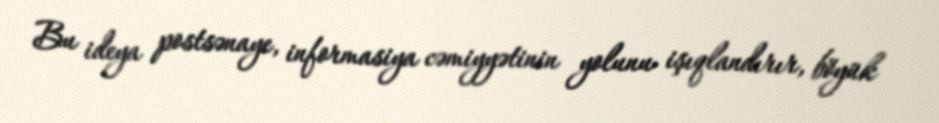
Bu ideya postsənaye, informasiya cəmiyyətinin yolunu işıqlandırır, böyük